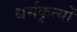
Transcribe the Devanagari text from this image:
धर्मकृत्यों